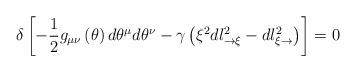
LaTeX: \begin{align*}\delta\left[ -\frac{1}{2}g_{\mu\nu}\left( \theta\right) d\theta^{\mu}d\theta^{\nu}-\gamma\left( \xi^{2}dl_{\rightarrow\xi}^{2}-dl_{\xi\rightarrow}^{2}\right) \right] =0 \end{align*}